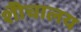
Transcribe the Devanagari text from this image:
शैोचालय